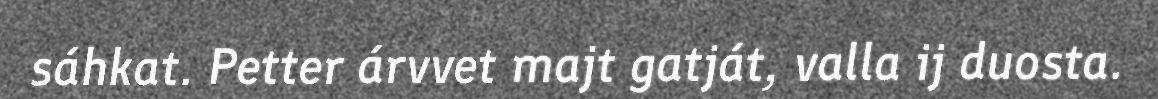
sáhkat. Petter árvvet majt gatját, valla ij duosta.